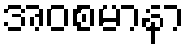
အဝစမာနာ